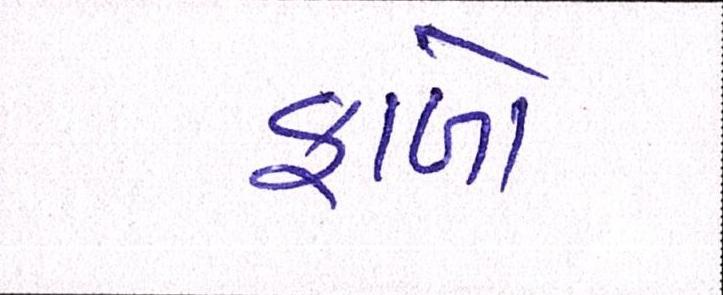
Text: ફાળો